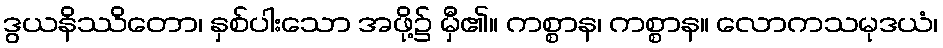
ဒွယနိဿိတော၊ နှစ်ပါးသော အဖို့၌ မှီ၏။ ကစ္စာန၊ ကစ္စာန။ လောကသမုဒယံ၊